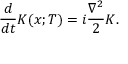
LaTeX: { \frac { d } { d t } } K ( x ; T ) = i { \frac { \nabla ^ { 2 } } { 2 } } K .